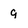
Character: g